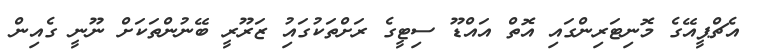
އެޗްޕީއޭގެ މޮނިޓަރިންގައި އޮތް އައްޑޫ ސިޓީގެ ރަށްތަކުގައިު ޒަރޫރީ ބޭނުންތަކަށް ނޫނީ ގެއިން